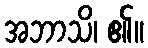
အဘာသိ၊ ၏။